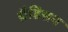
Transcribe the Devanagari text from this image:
ग्रैडिसन